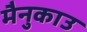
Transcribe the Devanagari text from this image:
मैनुकाउ